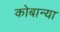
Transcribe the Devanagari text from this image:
कोबान्या